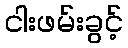
ငါးဖမ်းခွင့်